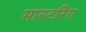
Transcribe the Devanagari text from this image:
मास्‍टरिंग